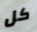
كل